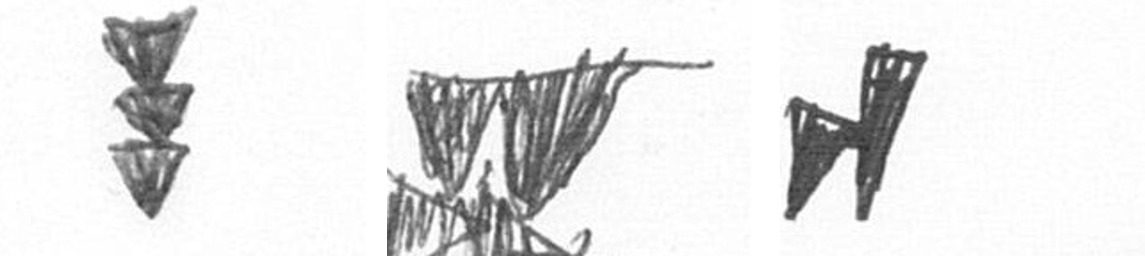
E B M